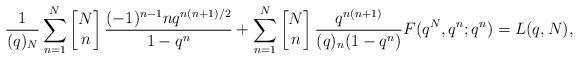
LaTeX: \begin{align*}{} & \frac{1}{(q)_N}\sum_{n = 1}^{N} \left[\begin{matrix} N \\ n \end{matrix}\right]\frac{(-1)^{n - 1}nq^{n(n + 1)/2}}{1 - q^n} + \sum_{n = 1}^{N}\left[\begin{matrix} N \\ n \end{matrix}\right] \frac{q^{n(n + 1)}}{(q)_n (1 - q^n)} F(q^N, q^n; q^n)=L(q, N), \end{align*}